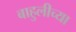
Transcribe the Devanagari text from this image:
बाहुलीच्या